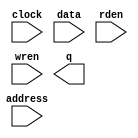
module RAM_speech_frame0_320_test (
	address,
	clock,
	data,
	rden,
	wren,
	q);

	input	[8:0]  address;
	input	  clock;
	input	[31:0]  data;
	input	  rden;
	input	  wren;
	output	[31:0]  q;
`ifndef ALTERA_RESERVED_QIS
// synopsys translate_off
`endif
	tri1	  clock;
	tri1	  rden;
`ifndef ALTERA_RESERVED_QIS
// synopsys translate_on
`endif

endmodule